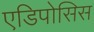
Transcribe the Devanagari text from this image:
एडिपोसिस